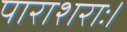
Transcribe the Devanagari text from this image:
पाराशराः।